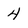
Character: 4